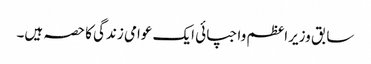
سابق وزیراعظم واجپائی ایک عوامی زندگی کا حصہ ہیں۔